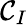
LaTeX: \mathcal{C}_{I}